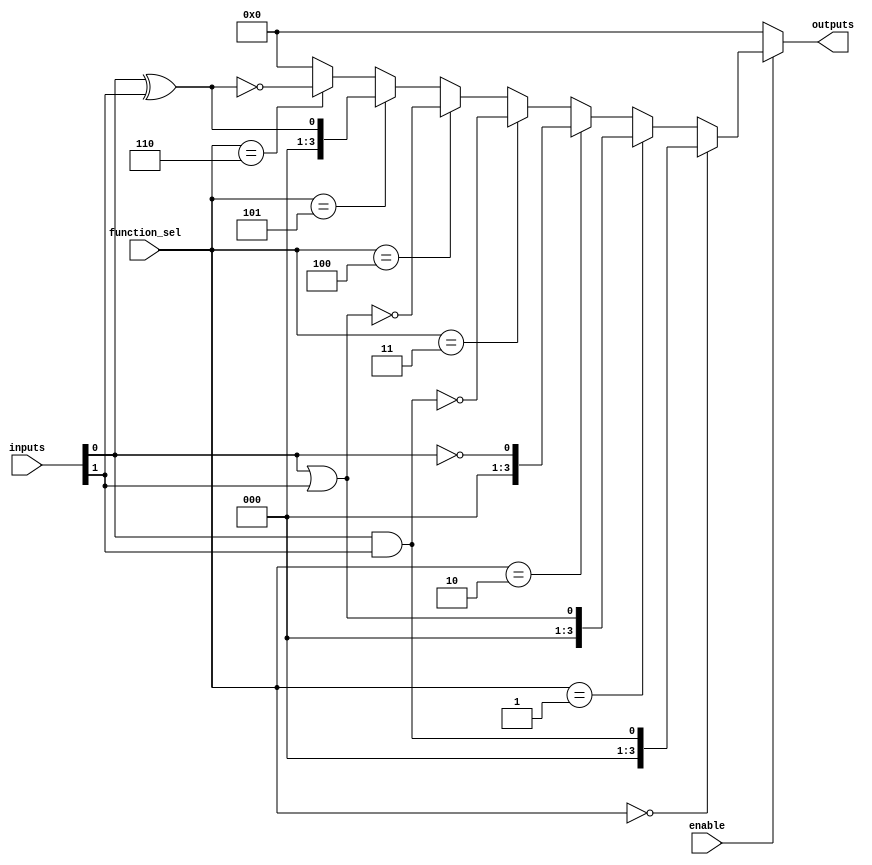
module combinational_logic_block (
    input wire [7:0] inputs,        // 8 inputs for the logic block
    input wire [2:0] function_sel,   // Function selection signal (3 bits for 8 functions)
    input wire enable,               // Enable signal for the block
    output wire [3:0] outputs        // 4 outputs for the logic block
);

// Internal signals for logic computation
wire [7:0] and_result, or_result, not_result, xor_result;
wire [3:0] selected_output;

// Logic gate implementations
assign and_result = inputs[0] & inputs[1];
assign or_result = inputs[0] | inputs[1];
assign not_result = ~inputs[0];  // Only one input for NOT
assign xor_result = inputs[0] ^ inputs[1];

// Output selection based on the function selection
assign selected_output = (function_sel == 3'b000) ? and_result[0:1]        :  // AND Function
                         (function_sel == 3'b001) ? or_result[0:1]         :  // OR Function
                         (function_sel == 3'b010) ? not_result[0:0]         :  // NOT Function
                         (function_sel == 3'b011) ? ~(inputs[0] & inputs[1]) :  // NAND Function
                         (function_sel == 3'b100) ? ~(inputs[0] | inputs[1]) :  // NOR Function
                         (function_sel == 3'b101) ? xor_result[0:1]         :  // XOR Function
                         (function_sel == 3'b110) ? ~(inputs[0] ^ inputs[1]) :  // XNOR Function
                         4'b0000; // Default output

// Enable logic to drive outputs only when enabled
assign outputs = enable ? selected_output : 4'b0000; // Disable outputs

endmodule